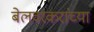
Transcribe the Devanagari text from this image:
बेलवरकरांच्या